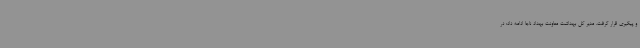
و پیگیری قرار گرفت. مدیر کل بهداشت معاونت بهداد ناجا ادامه داد: در